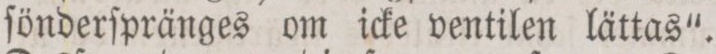
ſönderſpränges om icke ventilen lättas“.